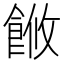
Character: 𬲓